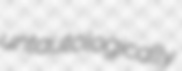
untautologically